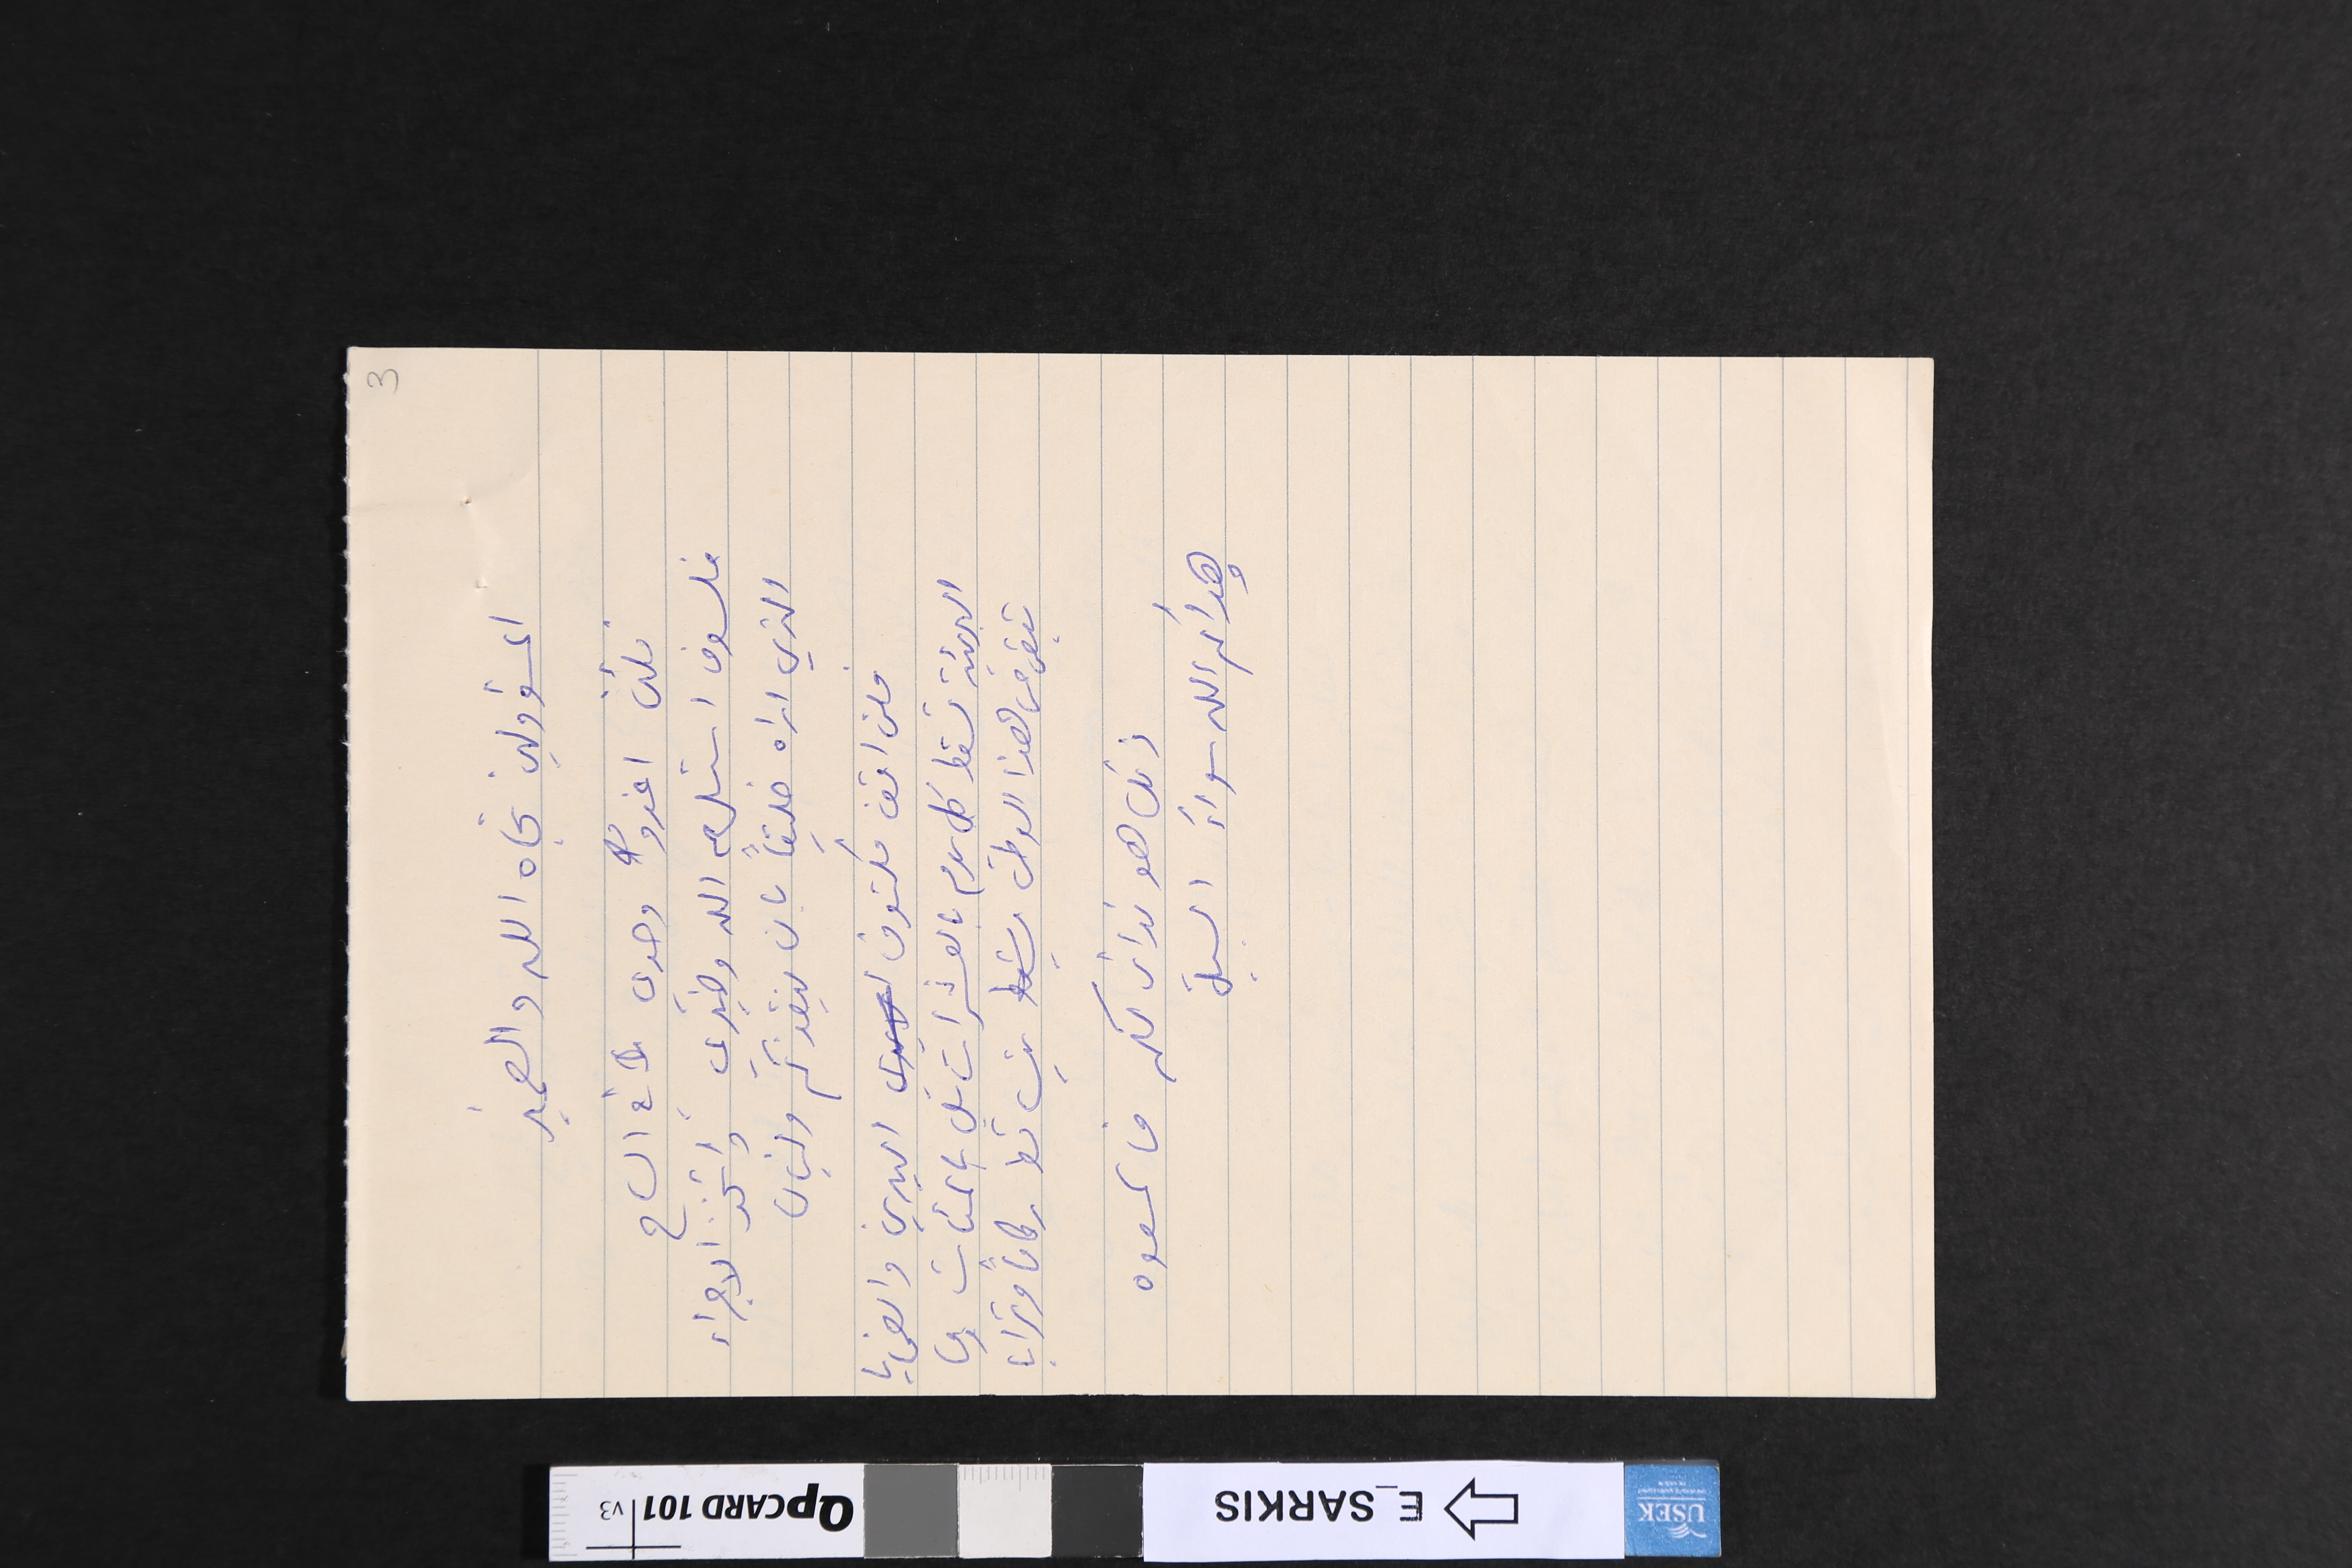
المسؤولين تجاه الله والضمير
فلئن اغدو وحدي  في الساح
فلسوف استلهم الله وضميري واتخذ الاجراء
الذي اراه خليقاً بان ينقذكم ولبنان
فلن اقف مكتوف اليدين والضحايا
البريئة تسقط كل يوم بالعشرات بل بالمئات وما
تبقى من هذا الوطن يتساقط ركاماً وترابا
ذلك هو ندائي لكم فاسمعوه
وهداكم الله سواءَ السبيل